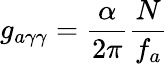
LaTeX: g_{a\gamma\gamma}={\frac{\alpha}{2\pi}}{\frac{N}{f_{a}}}